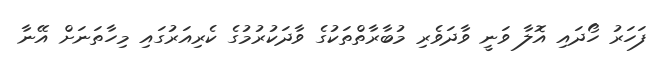
ފަހަރު ހޯދައި އޮލާ ވަނީ ވާދަވެރި މުބާރާތްތަކުގެ ވާދަކުރުމުގެ ކެރިއަރުގައި މިހާތަނަށް އޭނާ